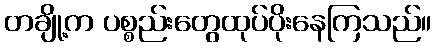
တချို့က ပစ္စည်းတွေထုပ်ပိုးနေကြသည်။